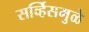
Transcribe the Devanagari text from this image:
सर्व्हिसमुळे